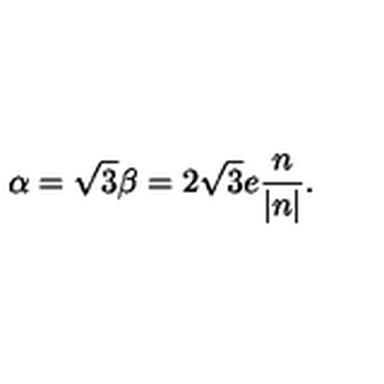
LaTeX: \alpha = \sqrt { 3 } \beta = 2 \sqrt { 3 } e \frac { n } { | n | } .